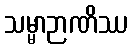
သမ္မာဉာဏိဿ